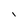
Character: i